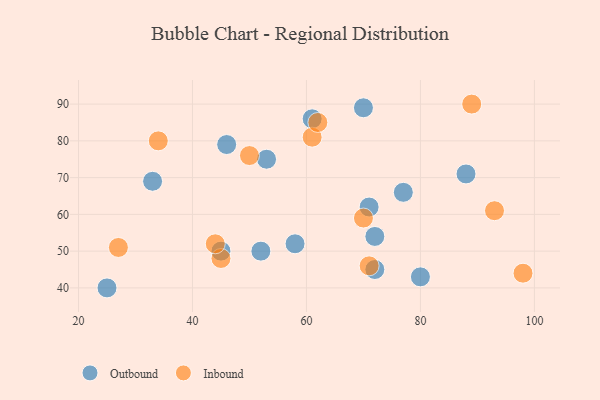
{"axis": {"x": "GDP", "y": "Life Expectancy"}, "legend": ["Inbound", "Outbound"], "data": [{"x": "72", "y": 54, "type": "Outbound"}, {"x": "80", "y": 43, "type": "Outbound"}, {"x": "52", "y": 50, "type": "Outbound"}, {"x": "33", "y": 69, "type": "Outbound"}, {"x": "61", "y": 86, "type": "Outbound"}, {"x": "58", "y": 52, "type": "Outbound"}, {"x": "71", "y": 62, "type": "Outbound"}, {"x": "70", "y": 89, "type": "Outbound"}, {"x": "77", "y": 66, "type": "Outbound"}, {"x": "25", "y": 40, "type": "Outbound"}, {"x": "46", "y": 79, "type": "Outbound"}, {"x": "72", "y": 45, "type": "Outbound"}, {"x": "45", "y": 50, "type": "Outbound"}, {"x": "88", "y": 71, "type": "Outbound"}, {"x": "53", "y": 75, "type": "Outbound"}, {"x": "45", "y": 48, "type": "Inbound"}, {"x": "98", "y": 44, "type": "Inbound"}, {"x": "71", "y": 46, "type": "Inbound"}, {"x": "70", "y": 59, "type": "Inbound"}, {"x": "89", "y": 90, "type": "Inbound"}, {"x": "50", "y": 76, "type": "Inbound"}, {"x": "44", "y": 52, "type": "Inbound"}, {"x": "61", "y": 81, "type": "Inbound"}, {"x": "62", "y": 85, "type": "Inbound"}, {"x": "93", "y": 61, "type": "Inbound"}, {"x": "27", "y": 51, "type": "Inbound"}, {"x": "34", "y": 80, "type": "Inbound"}]}